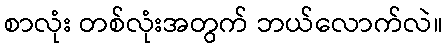
စာလုံး တစ်လုံးအတွက် ဘယ်လောက်လဲ။